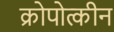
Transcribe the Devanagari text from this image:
क्रोपोत्कीन